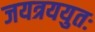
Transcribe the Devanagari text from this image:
जयत्रययुतः